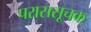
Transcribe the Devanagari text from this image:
पराससूचक